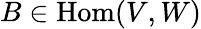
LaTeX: B\in{\mathrm{Hom}}(V,W)